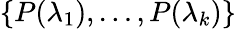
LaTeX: \{ P(\lambda_{1}),\ldots,P(\lambda_{k})\}